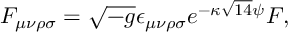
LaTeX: { F _ { \mu \nu \rho \sigma } = \sqrt { - g } \epsilon _ { \mu \nu \rho \sigma } e ^ { - \kappa \sqrt { 1 4 } \psi } F , }